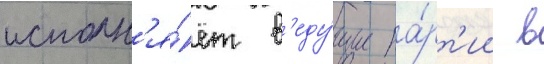
исполн'я́ет в'еду́щие па́рт'ии в